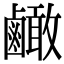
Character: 𪉿